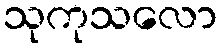
သုကုသလော